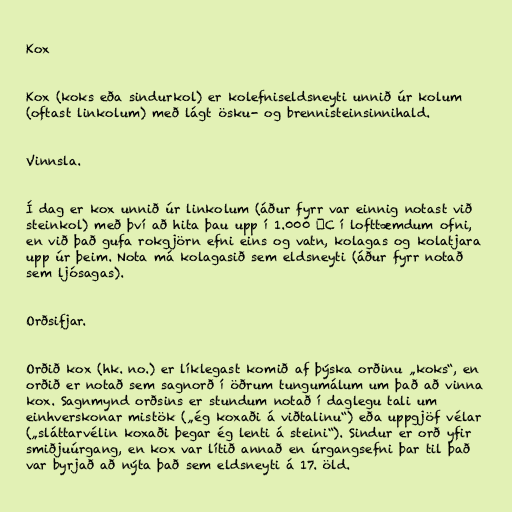
Kox

Kox (koks eða sindurkol) er kolefniseldsneyti unnið úr kolum
(oftast linkolum) með lágt ösku- og brennisteinsinnihald.

Vinnsla.

Í dag er kox unnið úr linkolum (áður fyrr var einnig notast við
steinkol) með því að hita þau upp í 1.000 ⁰C í lofttæmdum ofni,
en við það gufa rokgjörn efni eins og vatn, kolagas og kolatjara
upp úr þeim. Nota má kolagasið sem eldsneyti (áður fyrr notað
sem ljósagas).

Orðsifjar.

Orðið kox (hk. no.) er líklegast komið af þýska orðinu „koks“, en
orðið er notað sem sagnorð í öðrum tungumálum um það að vinna
kox. Sagnmynd orðsins er stundum notað í daglegu tali um
einhverskonar mistök („ég koxaði á viðtalinu“) eða uppgjöf vélar
(„sláttarvélin koxaði þegar ég lenti á steini“). Sindur er orð yfir
smiðjuúrgang, en kox var lítið annað en úrgangsefni þar til það
var byrjað að nýta það sem eldsneyti á 17. öld.